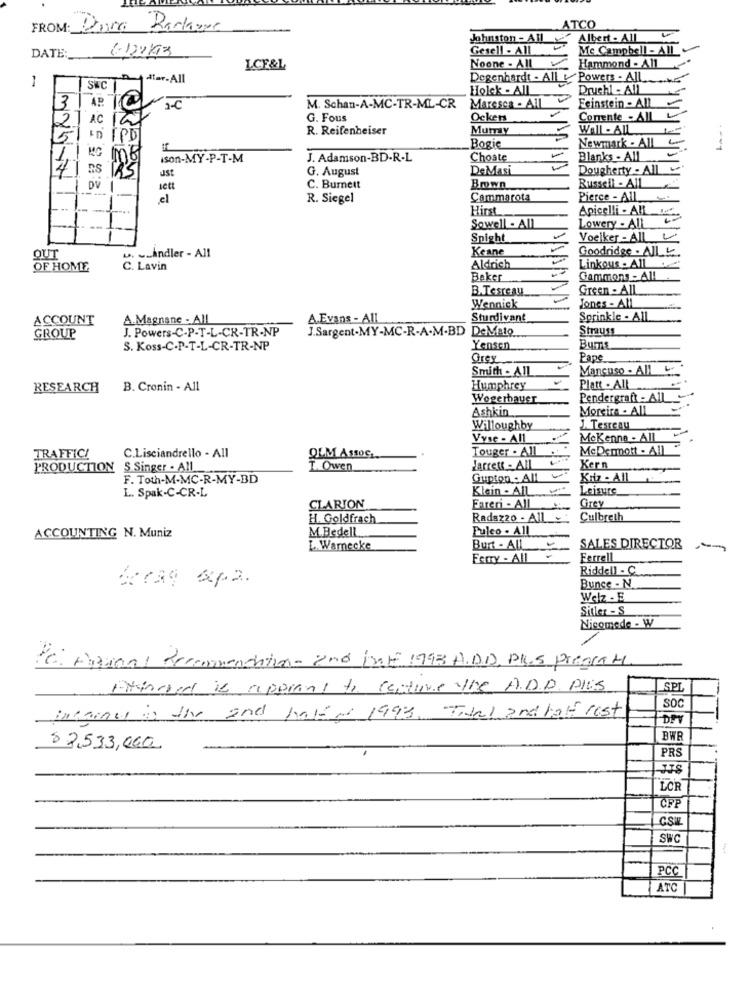
FROM: Done Radaare
TCO
Johnston - All
Albert - All
6-122/13
Gesell - All
Mc Campbell - All
DATE:
LCF&L
Noone - All
Hammond - All
1
ator-All
Degenhardt - All & Powers - All
SWC
Holek - All
Druchi - All
31
AP
M. Schan-A-MC-TR-ML-CR
MARCSOS - AMI
Eeinstein - All
2
AC
G. Fous
Ockers
Comente - AIL
R. Reifenheiser
Mumy
Well - All1.
5
Newmark . All
Bogie
--- 1
ison-MY-P-T-M
J. Adamson-BD-R-L
Choate
Blanks - All
RS
ust
G. August
DeMasi
Dougherty - All
sett
C. Burnett
Brown
Russell - All
el
R. Siegel
Cammarota
Pierce - All
Hirst
Apicelli - AIL
Sowell - All
Lowery - All
Spight
Voelker - All
Keane
Goodridge . ALE
OUT
~Andler - All
Linkous . All
OF HOME
C Lavin
Aldrich
Beker
Gammons - Al!
B.Testeau
Green - All
Wennick
Jones - All
ACCOUNT
A.Magnane - All
A.Evans - All
Sturdivant
Sprinkle - All
J. Powers-C-P-T-L-CR-TR-NP
J.Sargent-MY-MC-R-A-M-BD DeMato
Strauss
GROUP
Bums
S. Koss-C.P-T-L-CR-TR-NP
Yensen
Grey
Pane
Smith - All
Mancuso - All L.
RESEARCH
B. Cronin - All
Humphrey
Platt . All
Wogerhauer
Pendergraft - All
Ashkin
Moreira . All
Willoughby
1. TesTeau
Vyse - All
McKenne - All
C.Lisciandrello - All
Touger . All
McDermott - All
TRAFFIC!
QLM ASSOS,
PRODUCTION S Singer . All
T. Owen
Jarrett - All
Kern
F. Toth-M-MC-R-MY-BD
Gupton - All
Kriz - All
L. Spak-C-CR-L
Klein - All
Leisure
CLARION
Fareri - All
Grey
H. Goldfrach
Radazzo - All -
Culbreth
M.Bedell
Pulco . AIL
ACCOUNTING N. Muniz
L. Warnecke
But - All
SALES DIRECTOR
Ferry - All
Ferrell
Riddell - C
Bunce - N
Welz - E
Sitler - S
Nicomede - W
Per Prenons Recommendation- 2nd half 1998 ADD, Plus Prestate
Attached is appiant to continue the ADD PICS
SPL
internes in the and halen 1993. Tidal and half rost
SOC
BWR
$ 2,533,000
PRS
LOR
CFP
SWC
PCC
ATC